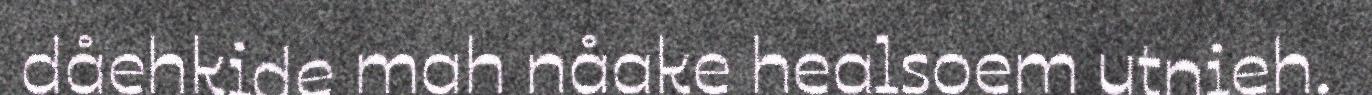
dåehkide mah nåake healsoem utnieh.